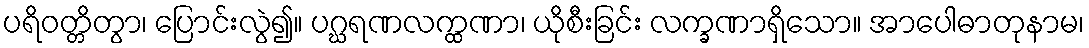
ပရိဝတ္တိတွာ၊ ပြောင်းလွဲ၍။ ပဂ္ဃရဏလက္ထဏာ၊ ယိုစီးခြင်း လက္ခဏာရှိသော။ အာပေါဓာတုနာမ၊